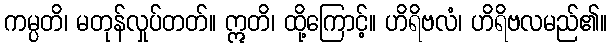
ကမ္ပတိ၊ မတုန်လှုပ်တတ်။ ဣတိ၊ ထို့ကြောင့်။ ဟိရိဗလံ၊ ဟိရိဗလမည်၏။